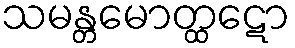
သမန္တမောတ္ထဋော